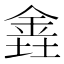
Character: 𫒕